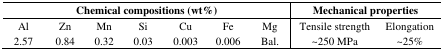
<table><thead><tr><td colspan="7"><b>Chemical compositions (wt%)</b></td><td colspan="2"><b>Mechanical properties</b></td></tr></thead><tbody><tr><td>Al</td><td>Zn</td><td>Mn</td><td>Si</td><td>Cu</td><td>Fe</td><td>Mg</td><td>Tensile strength</td><td>Elongation</td></tr><tr><td>2.57</td><td>0.84</td><td>0.32</td><td>0.03</td><td>0.003</td><td>0.006</td><td>Bal.</td><td>~250 MPa</td><td>~25%</td></tr></tbody></table>